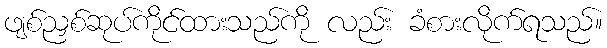
ဖျစ်ညှစ်ဆုပ်ကိုင်ထားသည်ကို လည်း ခံစားလိုက်ရသည်။